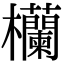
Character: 欗